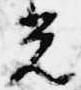
光